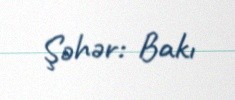
Şəhər: Bakı